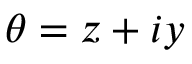
\theta = z + i y